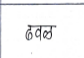
मजकूर: ढवळ